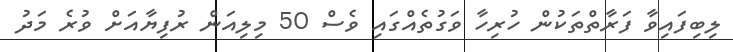
ލިބިފައިވާ ފަރާތްތަކުން ހުރިހާ ވަގުތެއްގައި ވެސް 50 މިލިއަން ރުފިޔާއަށް ވުރެ މަދު